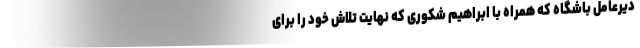
دیرعامل باشگاه که همراه با ابراهیم شکوری که نهایت تلاش خود را برای